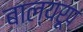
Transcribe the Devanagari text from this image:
बाल्यरूप